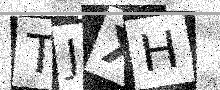
Text: TJXH